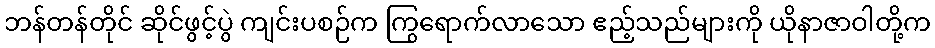
ဘန်တန်တိုင် ဆိုင်ဖွင့်ပွဲ ကျင်းပစဉ်က ကြွရောက်လာသော ဧည့်သည်များကို ယိုနာဇာဝါတို့က